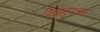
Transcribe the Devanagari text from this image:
विजापुराच्या